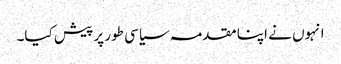
انہوں نے اپنا مقدمہ سیاسی طور پر پیش کیا۔